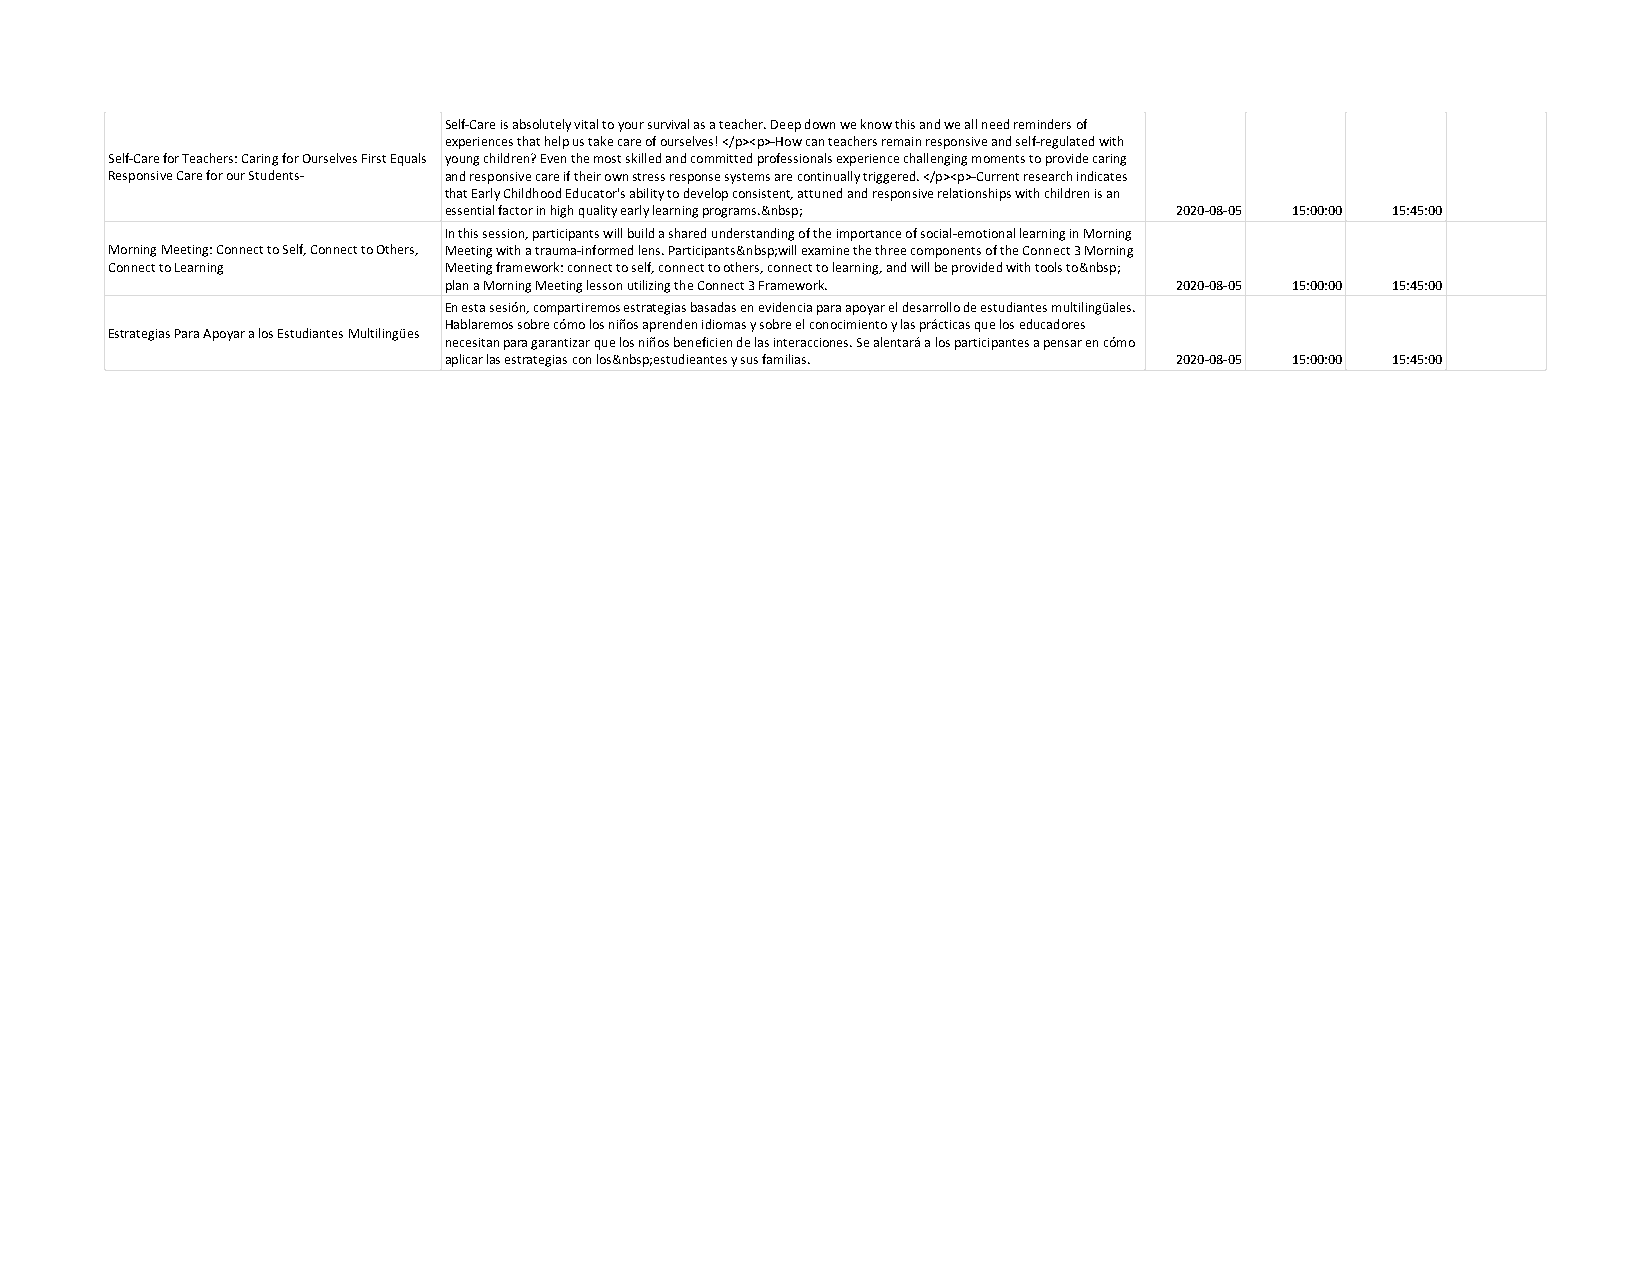
Self-Care is absolutely vital to your survival as a teacher. Deep down we know this and we all need reminders of
 experiences that help us take care of ourselves! </p><p>-How can teachers remain responsive and self-regulated with
 Self-Care for Teachers: Caring for Ourselves First Equals young children? Even the most skilled and committed professionals experience challenging moments to provide caring
 Responsive Care for our Students- and responsive care if their own stress response systems are continually triggered. </p><p>-Current research indicates
 that Early Childhood Educator's ability to develop consistent, attuned and responsive relationships with children is an
 essential factor in high quality early learning programs.&nbsp; 2020-08-05 15:00:00 15:45:00
 In this session, participants will build a shared understanding of the importance of social-emotional learning in Morning
 Morning Meeting: Connect to Self, Connect to Others, Meeting with a trauma-informed lens. Participants&nbsp;will examine the three components of the Connect 3 Morning
 Connect to Learning   Meeting framework: connect to self, connect to others, connect to learning, and will be provided with tools to&nbsp;
 plan a Morning Meeting lesson utilizing the Connect 3 Framework. 2020-08-05 15:00:00 15:45:00
 En esta sesión, compartiremos estrategias basadas en evidencia para apoyar el desarrollo de estudiantes multilingüales.
 Hablaremos sobre cómo los niños aprenden idiomas y sobre el conocimiento y las prácticas que los educadores
 Estrategias Para Apoyar a los Estudiantes Multilingües
 necesitan para garantizar que los niños beneficien de las interacciones. Se alentará a los participantes a pensar en cómo
 aplicar las estrategias con los&nbsp;estudieantes y sus familias. 2020-08-05 15:00:00 15:45:00